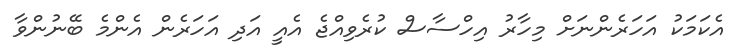
އެކަމަކު އަހަރެންނަށް މިހާރު އިހްސާސް ކުރެވިއްޖެ އެއީ އަދި އަހަރެން އެންމެ ބޭނުންވާ